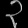
Digit: ၃